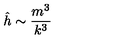
\hat { h } \sim { \frac { m ^ { 3 } } { k ^ { 3 } } }